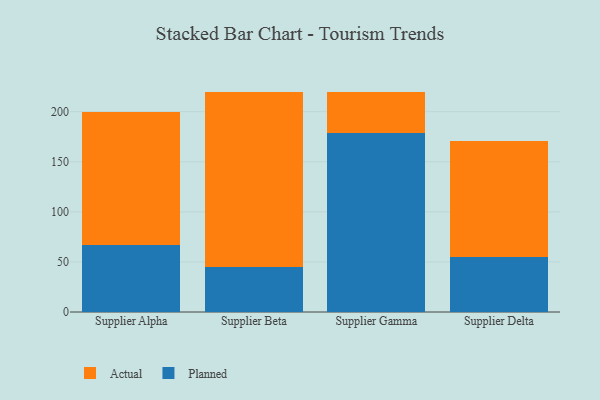
{"axis": {"x": "Supplier", "y": "Population (Million)"}, "legend": ["Actual", "Planned"], "data": [{"x": "Supplier Alpha", "y": 67.0, "type": "Planned"}, {"x": "Supplier Alpha", "y": 133.2, "type": "Actual"}, {"x": "Supplier Beta", "y": 45.0, "type": "Planned"}, {"x": "Supplier Beta", "y": 175.1, "type": "Actual"}, {"x": "Supplier Gamma", "y": 178.4, "type": "Planned"}, {"x": "Supplier Gamma", "y": 41.1, "type": "Actual"}, {"x": "Supplier Delta", "y": 55.4, "type": "Planned"}, {"x": "Supplier Delta", "y": 115.8, "type": "Actual"}]}